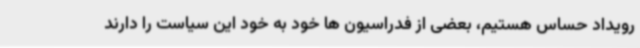
رویداد حساس هستیم، بعضی از فدراسیون ها خود به خود این سیاست را دارند